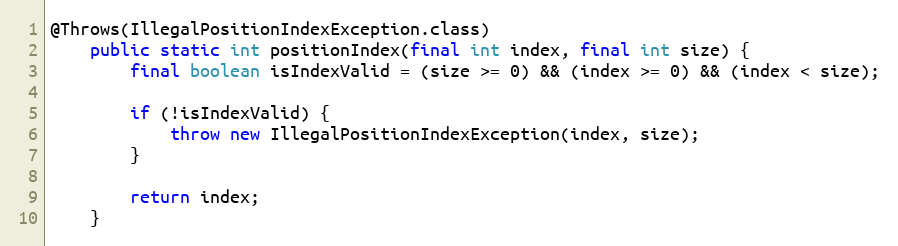
Language: Java
@Throws(IllegalPositionIndexException.class)
	public static int positionIndex(final int index, final int size) {
		final boolean isIndexValid = (size >= 0) && (index >= 0) && (index < size);

		if (!isIndexValid) {
			throw new IllegalPositionIndexException(index, size);
		}

		return index;
	}